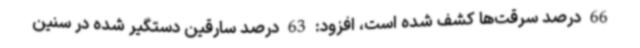
66 درصد سرقت‌ها کشف شده است، افزود: 63 درصد سارقین دستگیر شده در سنین